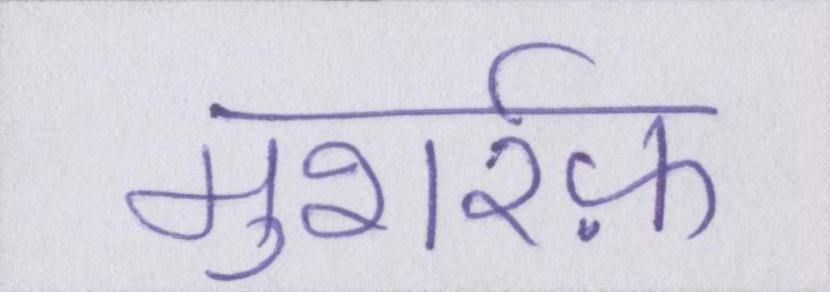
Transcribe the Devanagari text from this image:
मुशर्रफ़